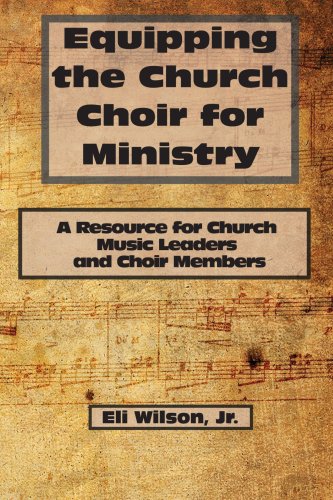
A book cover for Equipping the Church Choir for Ministry: A Resource for Church Music Leaders and Choir Members; Jr., Eli Wilson; Humor & Entertainment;